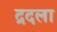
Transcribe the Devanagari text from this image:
द्रदला